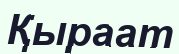
Қыраат